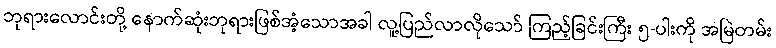
ဘုရားလောင်းတို့ နောက်ဆုံးဘုရားဖြစ်အံ့သောအခါ လူ့ပြည်လာလိုသော် ကြည့်ခြင်းကြီး ၅-ပါးကို အမြဲတမ်း